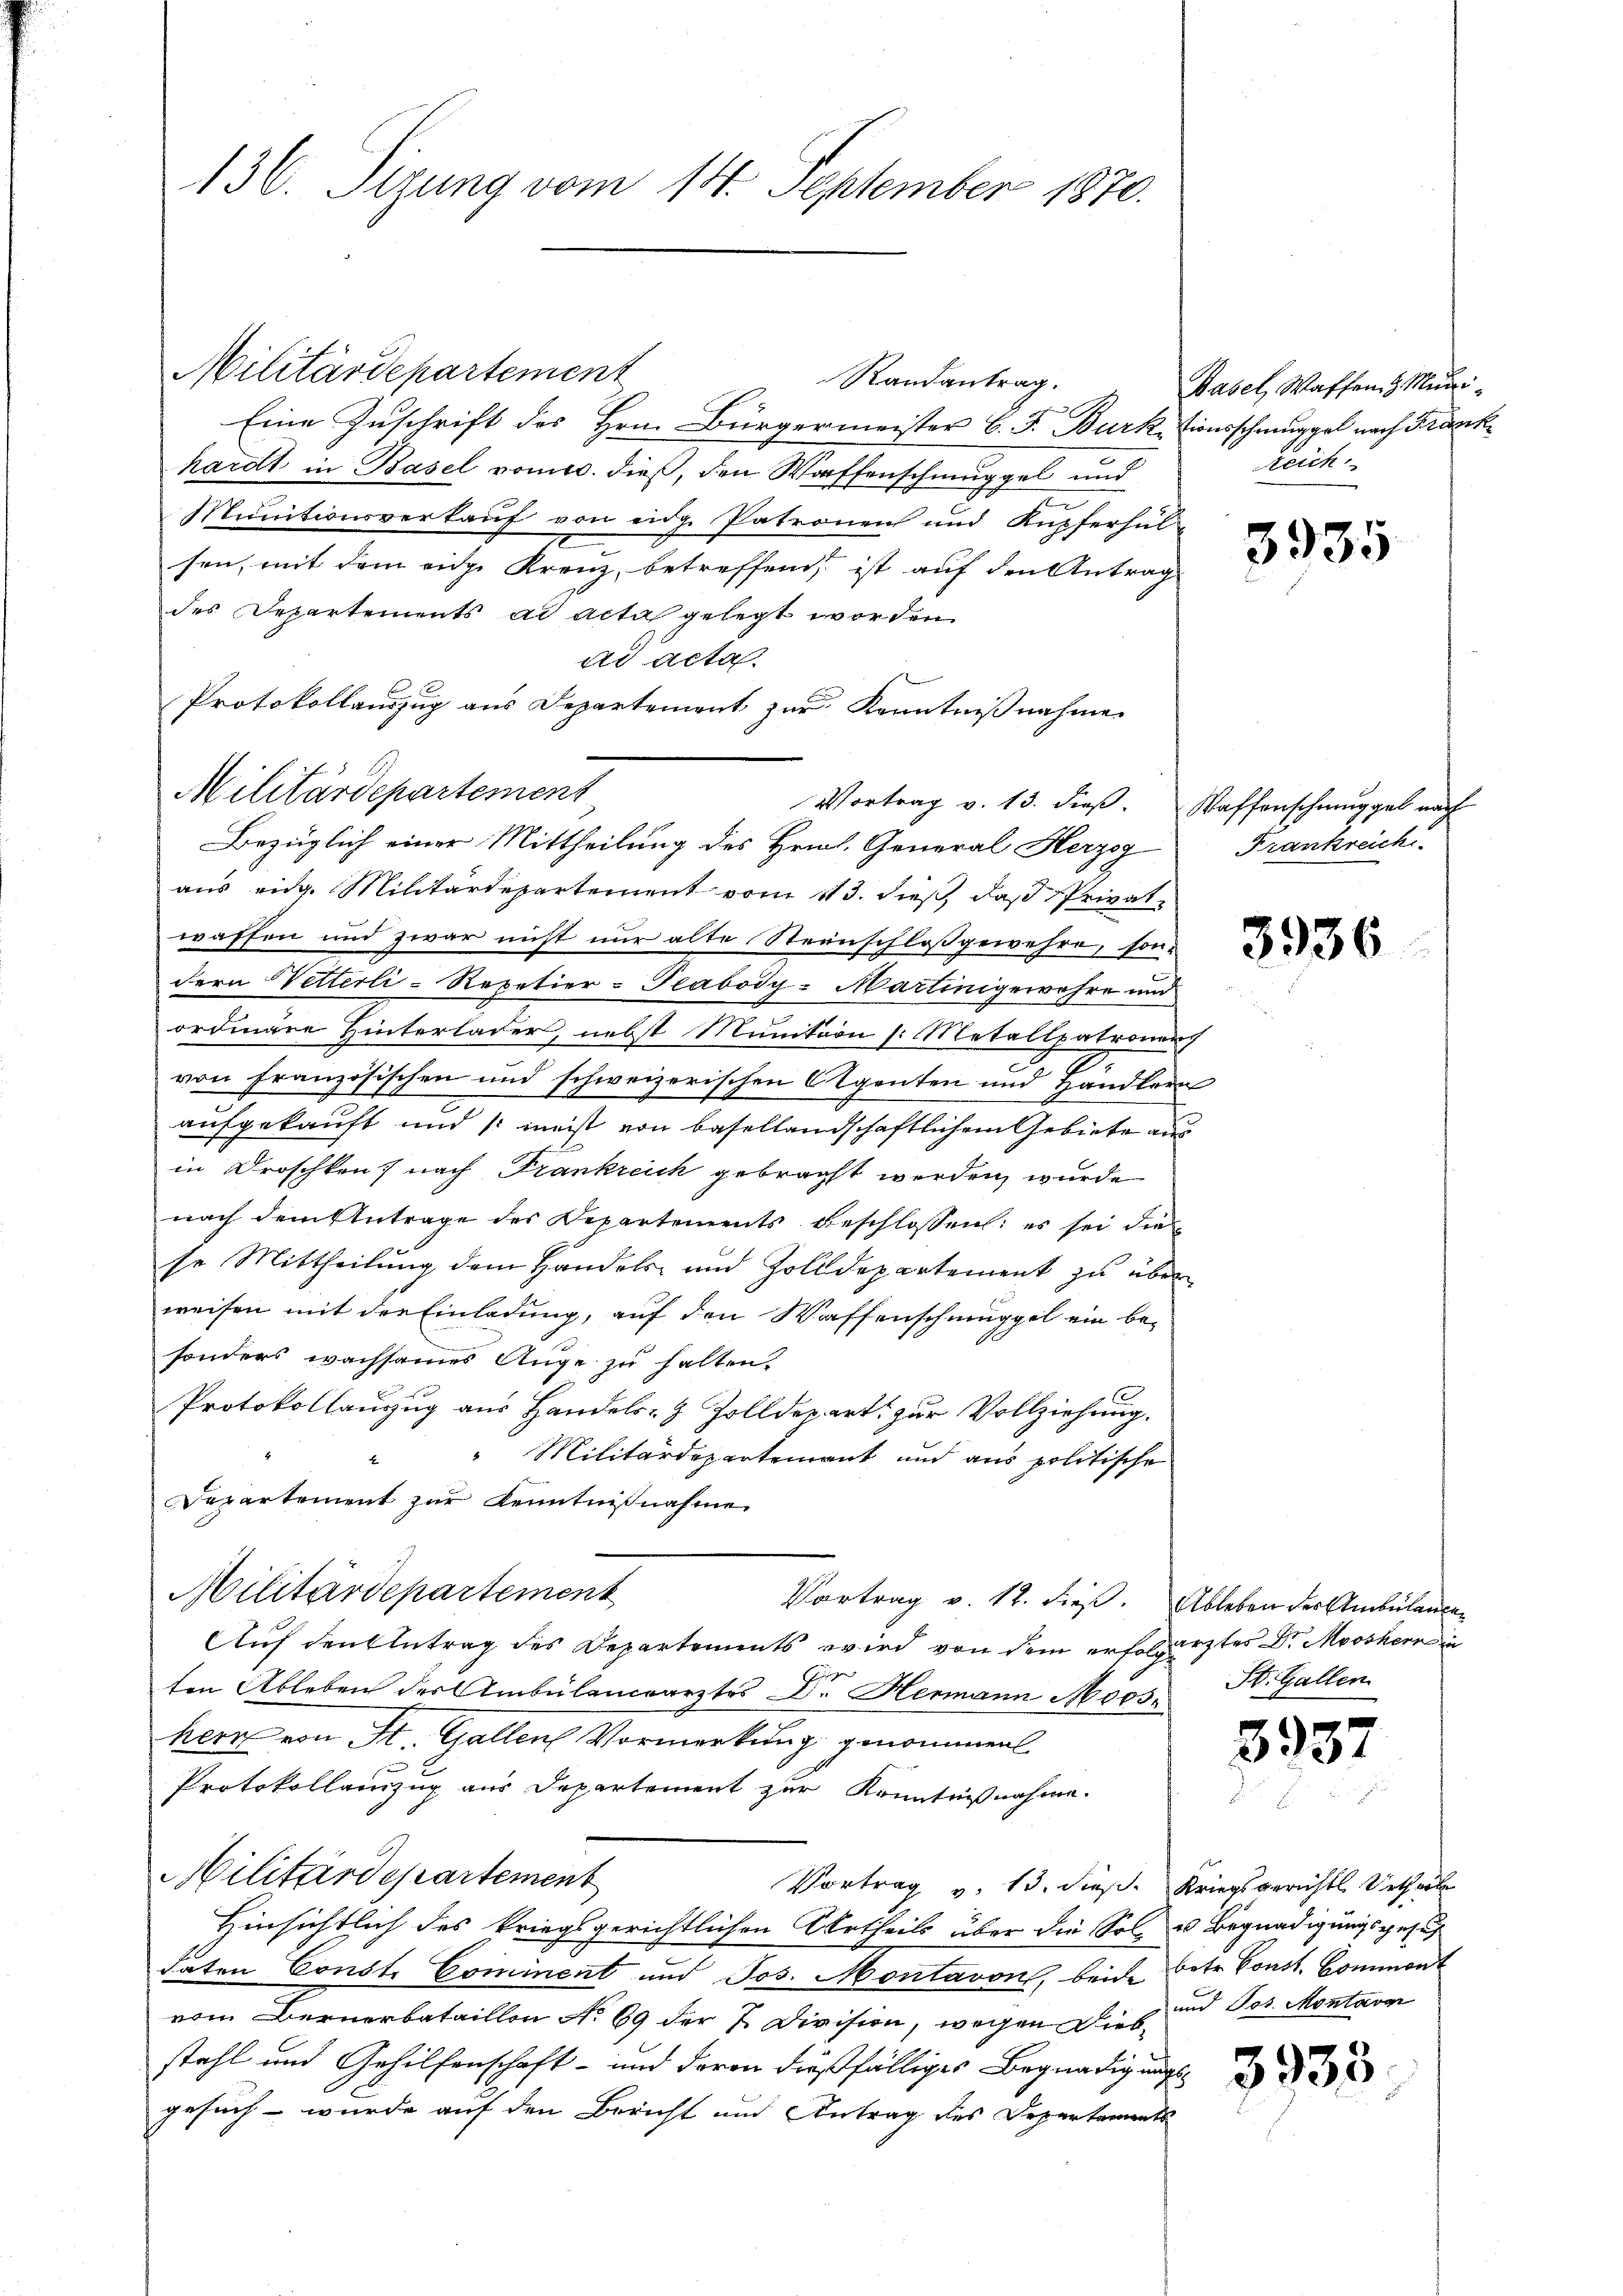
Militärdepartement
Randantrag.
Eine Zuschrift des Hrn. Bürgermeister C. F. Burk, tionsschmuggel nach Frank
hardt in Basel vom 10. dieß, den Waffenschmuggel und
Munitionsverkauf von eidg. Patronen und Kupferhul-
sen, mit dem eidge Kreuz, betreffend, ist auf den Antrag
des Departements ad acta gelegt worden
ad acta
Protokollauszug aus Departement zur Kenntnißnahme
Militärdepartement
Vortrag v. 13. dieß. Waffenschmuggel nach
aus eidg. Militärdepartement vom 113. dieß, daß Privatwaffen und zwar nicht nur alte Steinschlossgewehre, sondern Wetterli-Repetier-Peabody-Martinigewahre und
ordinäre Hinterlader, nebst Munition s. Metallpatroner
von französischen und schweizerischen Agenten und Handlern
aufgekauft und meist von basellandschaftlichem Gebiete aus
in Droschken) nach Frankreich gebracht werden, wurde
nach dem Antrage des Departements beschlossen: es sei die
se Mittheilung dem Handels- und Zolldepartement zu über
weisen mit der Einladung, auf den Waffenschmuggel ein be-
sonders wachsames Auge zu halten.
Protokollauszug aus Handels- & Zolldepart zur Vollziehung.
"Militärdepartement und aus politische
Departement zur Kenntnißnahme
Militärdepartement
Vortrag v. 12. dieß. Ableben der Ambulangen
Auf den Eintrag des Departements wird von dem erfolgertes Dr. Moosherin
Oper
ten Ableben des Ambülanceärztes C. Hermann Moos
herr von St. Gallen Vormerkung genommen
Protokollamzug aus Departement zur Kenntnißnahme.
Militärdepartement
Vortrag v. 13. dieß. Kriegsgerichts Urtheile
Hinsichtlich des kriegsgerichtlichen Urtheils über die Solen Begnadigungsgesuch
daten Const. Cominent und Jos. Montavon, beide betr. Const. Commont
vom Bernerbataillon No 69 der 7 Division, wegen Dies und Jos. Montaver
stahl und Gehilfenschaft - und deren dießfälliges Begnadigungsgesuch - wurde auf den Bericht und Antrag des Departaments

136. Sizung vom 14. September 1870.

Bezüglich einer Mittheilung des Hrn. General Herzog

Basel, Waffen & Muni¬
Reich

Frankreich

3935

3936

St. Gallen

5937

3933.